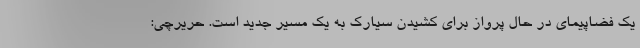
یک فضاپیمای در حال پرواز برای کشیدن سیارک به یک مسیر جدید است. حریرچی: